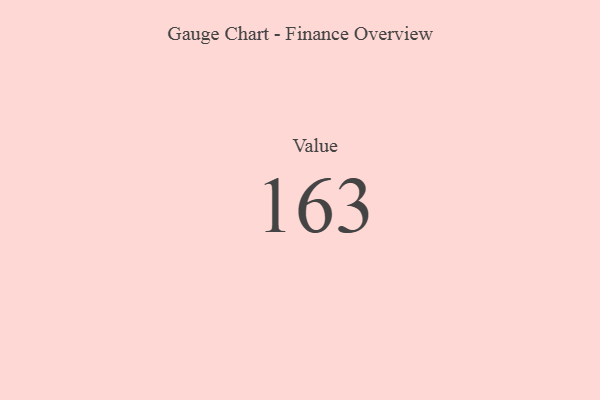
{"axis": {"x": "Metric", "y": "Value"}, "legend": [""], "data": [{"x": "Value", "y": 163, "type": ""}]}